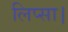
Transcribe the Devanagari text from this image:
लिप्सा।